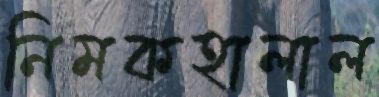
নিমকহালাল